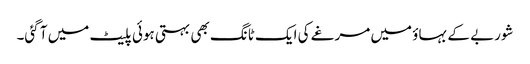
شوربے کے بہاؤ میں مرغے کی ایک ٹانگ بھی بہتی ہوئی پلیٹ میں آ گئی۔